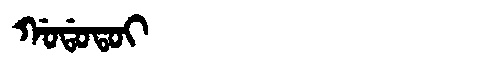
Manchu: ᡤᠣᡩᠣᡨᠣᡳ
Romanization: GODOTOI